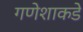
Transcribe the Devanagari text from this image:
गणेशाकडे